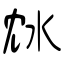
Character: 沊